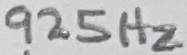
Text: 925Hz